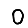
Digit: 0